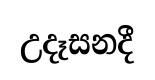
උදෑසනදී